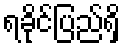
ရခိုင်ပြည်ရှိ